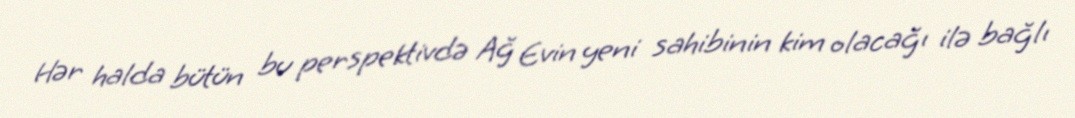
Hər halda bütün bu perspektivdə Ağ Evin yeni sahibinin kim olacağı ilə bağlı